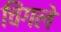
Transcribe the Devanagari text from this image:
चिंगले